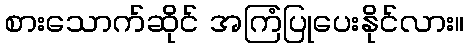
စားသောက်ဆိုင် အကြံပြုပေးနိုင်လား။